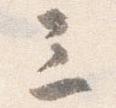
三